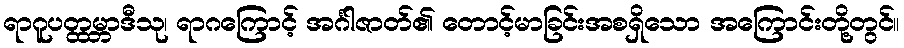
ရာဂူပတ္ထမ္ဘာဒီသု၊ ရာဂကြောင့် အင်္ဂါဇာတ်၏ တောင့်မာခြင်းအစရှိသော အကြောင်းတို့တွင်။